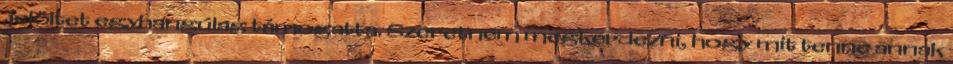
jelöltet egyhangúlag támogatta. Szeretném megkérdezni, hogy mit tenne annak